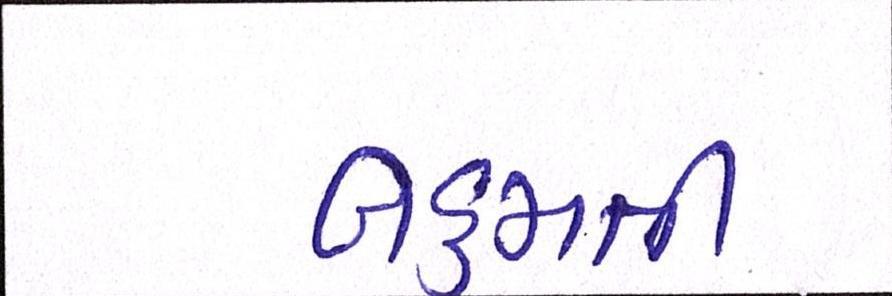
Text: બહુમતી